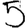
Digit: 5